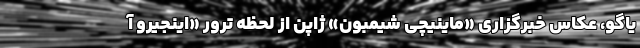
یاگو، عکاس خبرگزاری «ماینیچی شیمبون» ژاپن از لحظه ترور «اینجیرو آ